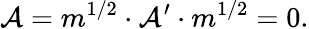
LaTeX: \mathcal{A}=m^{1/2}\cdot\mathcal{A}^{\prime}\cdot m^{1/2}=0.